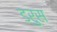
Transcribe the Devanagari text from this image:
ड्रुस